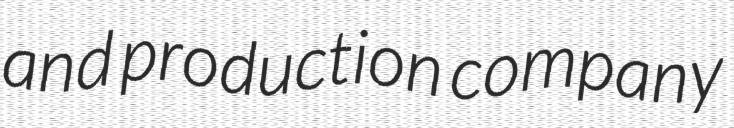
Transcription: and production company